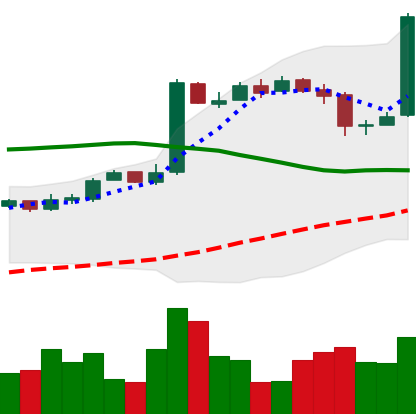
Ticker: BTC-USD
Chart end date: 2016-10-22
Forward return: 4.719%
Label: up_3_5